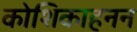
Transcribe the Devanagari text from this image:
कोशिकाहनन